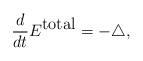
LaTeX: \begin{align*}\frac{d}{dt}E^{\mbox{total}}=-\triangle,\end{align*}